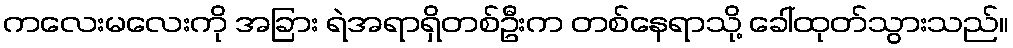
ကလေးမလေးကို အခြား ရဲအရာရှိတစ်ဦးက တစ်နေရာသို့ ခေါ်ထုတ်သွားသည်။